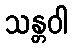
သန္တဝါ